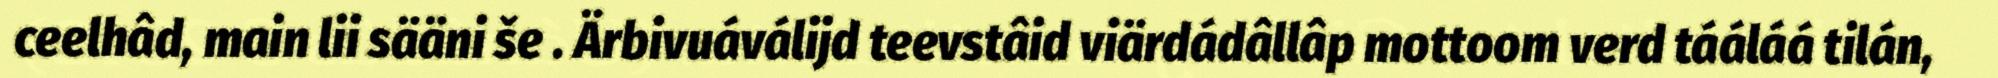
ceelhâd, main lii sääni še . Ärbivuáválijd teevstâid viärdádâllâp mottoom verd tááláá tilán,